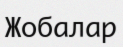
Жобалар